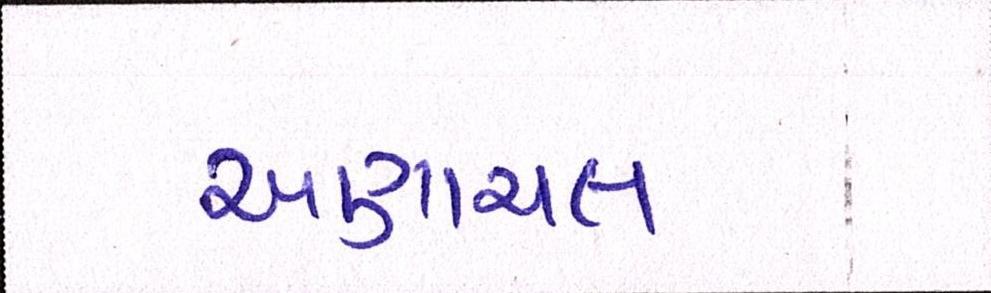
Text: અણાચલ